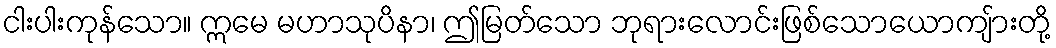
ငါးပါးကုန်သော။ ဣမေ မဟာသုပိနာ၊ ဤမြတ်သော ဘုရားလောင်းဖြစ်သောယောကျ်ားတို့